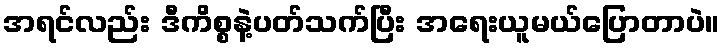
အရင်လည်း ဒီကိစ္စနဲ့ပတ်သက်ပြီး အရေးယူမယ်ပြောတာပဲ။